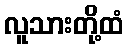
လူသားတို့ထံ